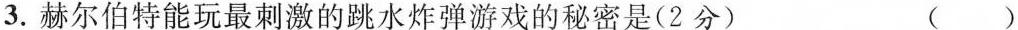
3.赫尔伯特能玩最刺激的跳水炸弹游戏的秘密是(2分) ( )